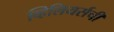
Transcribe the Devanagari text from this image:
व्हिलियर्सची